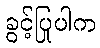
ခွင့်ပြုပါက